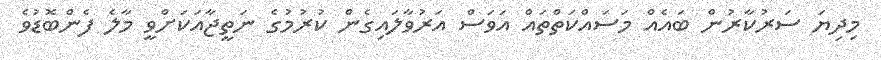
މިދިޔަ ސަރުކާރުން ބައެއް މަސައްކަތްތައް އަވަސް އަރުވާލައިގެން ކުރުމުގެ ނަތީޖާއަކަށްވީ މާލެ ފެންބޮޑުވެ